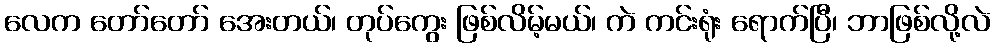
လေက တော်တော် အေးတယ်၊ တုပ်ကွေး ဖြစ်လိမ့်မယ်၊ ကဲ ကင်းရုံး ရောက်ပြီ၊ ဘာဖြစ်လို့လဲ